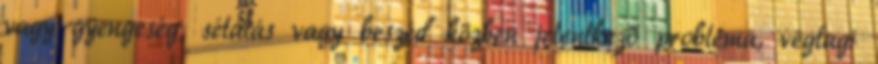
vagy gyengeség, sétálás vagy beszéd közben jelentkező probléma, végtagi